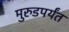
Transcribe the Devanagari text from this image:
मुरुडपर्यंत